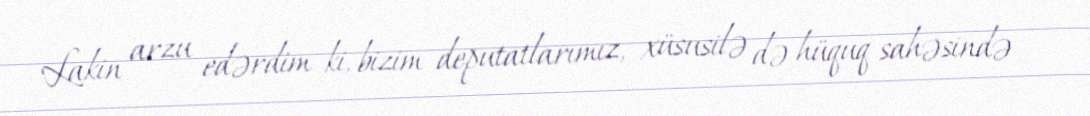
Lakin arzu edərdim ki, bizim deputatlarımız, xüsusilə də hüquq sahəsində